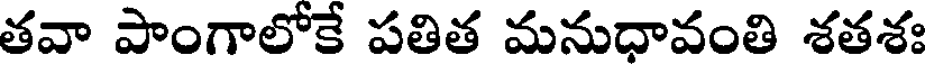
తవా పాంగాలోకే పతిత మనుధావంతి శతశః